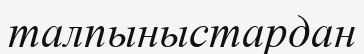
талпыныстардан